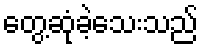
တွေ့ဆုံခဲ့သေးသည်